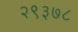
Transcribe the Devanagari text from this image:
२९३७८